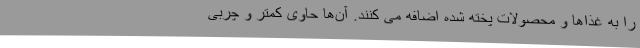
را به غذا­ها و محصولات پخته شده اضافه می کنند. آن­ها حاوی کمتر و چربی